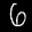
Label: 6